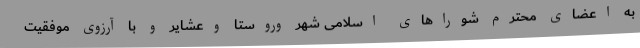
به اعضای محترم شوراهای اسلامی شهر وروستا وعشایر و با آرزوی موفقیت